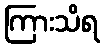
ကြားသိရ